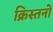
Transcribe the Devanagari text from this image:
क्रिस्तनों